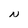
Character: N